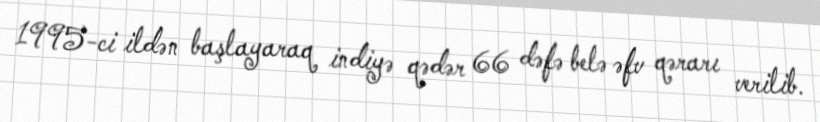
1995-ci ildən başlayaraq indiyə qədər 66 dəfə belə əfv qərarı verilib.